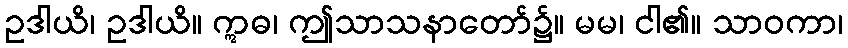
ဥဒါယိ၊ ဥဒါယိ။ ဣဓ၊ ဤသာသနာတော်၌။ မမ၊ ငါ၏။ သာဝကာ၊